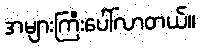
အများကြီးပေါ်လာတယ်။